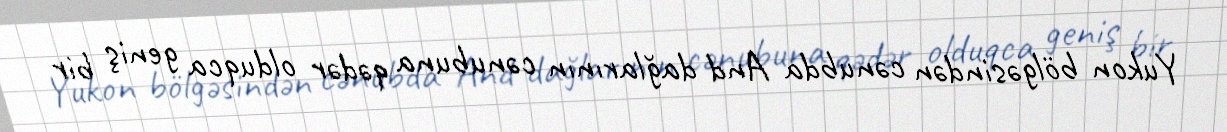
Yukon bölgəsindən cənubda And dağlarının cənubuna qədər olduqca geniş bir